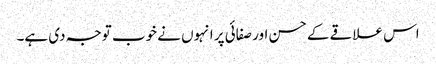
اس علاقے کے حسن اور صفائی پر انہوں نے خوب توجہ دی ہے۔